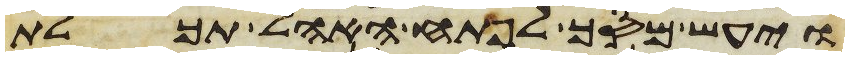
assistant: ויעש מסך לפתח האהל תכלת